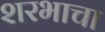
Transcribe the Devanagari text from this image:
शरभाचा